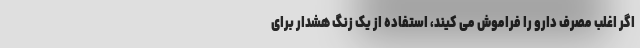
اگر اغلب مصرف دارو را فراموش می کیند، استفاده از یک زنگ هشدار برای